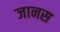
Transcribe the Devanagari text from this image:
जानस